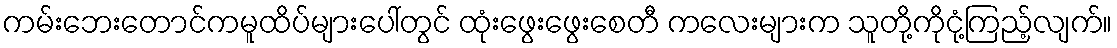
ကမ်းဘေးတောင်ကမူထိပ်များပေါ်တွင် ထုံးဖွေးဖွေးစေတီ ကလေးများက သူတို့ကိုငုံ့ကြည့်လျက်။